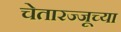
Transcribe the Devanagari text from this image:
चेतारज्जूच्या